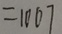
= 1 0 0 7